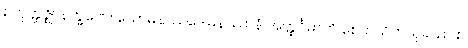
စတုတ္ထဇ္ဈာနက္ခဏေ။ သောမနဿဒေါမနဿာနံ အတ္ထင်္ဂမာတိ စေတသိကသုခဿ စ